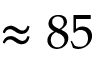
\approx 8 5